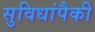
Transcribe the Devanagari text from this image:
सुविधांपैकी